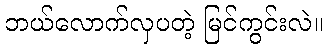
ဘယ်လောက်လှပတဲ့ မြင်ကွင်းလဲ။